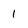
Character: 1